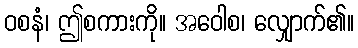
ဝစနံ၊ ဤစကားကို။ အဝေါစ၊ လျှောက်၏။